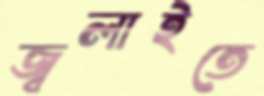
জ্বলাইতে